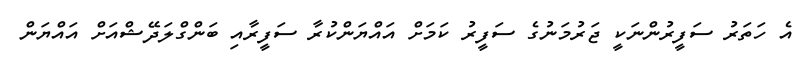
އެ ހަތަރު ސަފީރުންނަކީ ޖަރުމަނުގެ ސަފީރު ކަމަށް އައްޔަންކުރާ ސަފީރާއި ބަންގްލަދޭޝްއަށް އައްޔަން